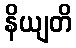
နိယျတိ